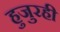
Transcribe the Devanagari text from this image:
हुजुरही